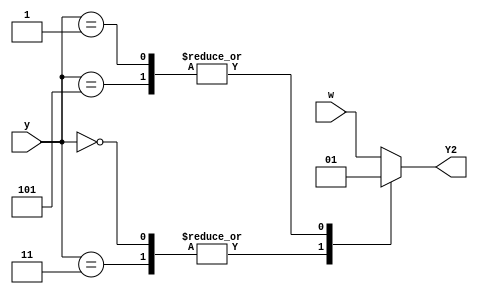
module top_module (
    input [3:1] y,
    input w,
    output Y2);

    always @(*) begin
        case (y)
            3'd0, 3'd3 : Y2 <= 1'b0;
            3'd1, 3'd5 : Y2 <= 1'b1;
            default : Y2 <= w;
        endcase
    end

endmodule